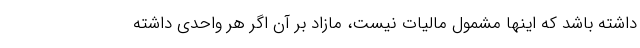
داشته باشد که اینها مشمول مالیات نیست، مازاد بر آن اگر هر واحدی داشته